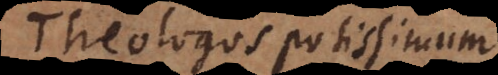
Theologos potissimum